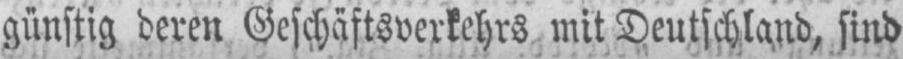
günstig deren Geschäftsverkehrs mit Deutschland, sind